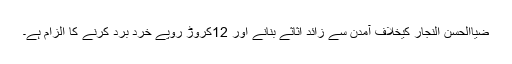
ضیاالحسن النجار کیخلاف آمدن سے زائد اثاثے بنانے اور 12کروڑ روپے خرد برد کرنے کا الزام ہے۔